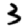
Digit: 3